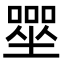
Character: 𡀓